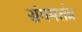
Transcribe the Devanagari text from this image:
संगमतंत्र